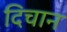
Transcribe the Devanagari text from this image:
दिचान